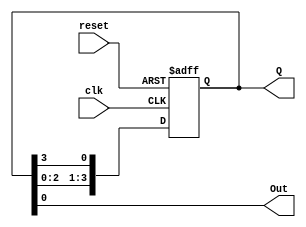
module ring_counter (
    input wire clk,      // Clock input
    input wire reset,    // Asynchronous reset input
    output reg [3:0] Q,  // 4-bit output for the ring counter
    output reg Out       // Output based on the current state
);

// State encoding: 0001 -> State 0, 0010 -> State 1, 0100 -> State 2, 1000 -> State 3
always @(posedge clk or posedge reset) begin
    if (reset) begin
        Q <= 4'b0001; // Reset to State 0
    end else begin
        Q <= {Q[2:0], Q[3]}; // Shift right and wrap around
    end
end

// Moore output logic
always @(Q) begin
    Out = Q[0]; // Out is 1 when in State 0 (0001) and 0 otherwise
end

endmodule